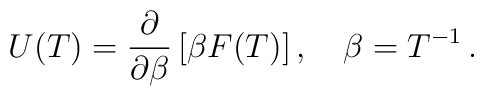
U(T)=\frac{\partial }{\partial \beta}\left [\beta F(T)\right], \quad \beta = T^{-1}\, {.}